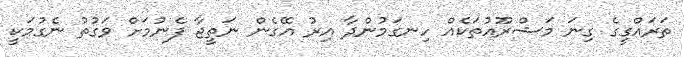
ތަރައްގީގެ ގިނަ މަޝްރޫއުތަކެއް ހިނގަމުންދާ އިރު އޭގެން ނަތީޖާ ފެނުމަށް ވަގުތު ނެގުމަކީ